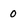
Character: 0